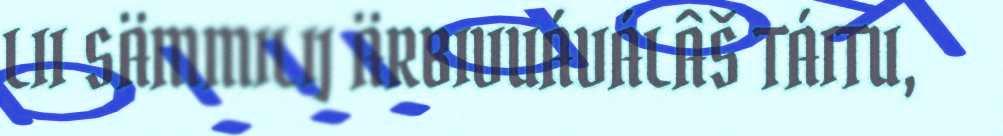
LII SÄMMILIJ ÄRBIVUÁVÁLÂŠ TÁITU,